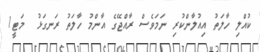
ކުއްލި ހާލަތު އިއުލާންކުރި ނަމަވެސް ރާއްޖޭގެ އާންމު ހާލަތު ރަނގަޅު  މަޓީ1